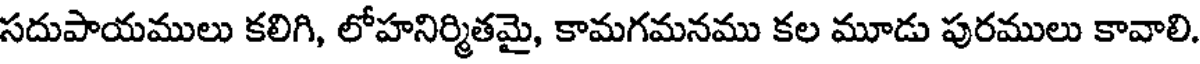
సదుపాయములు కలిగి, లోహనిర్మితమై, కామగమనము కల మూడు పురములు కావాలి.